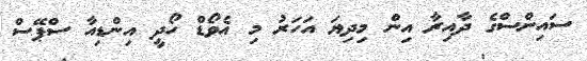
ސައިންސްގެ ދާއިރާ އިން މިދިޔަ އަހަރު މި އެވޯޑް ހޯދީ އިންޑިއާ ސްޕޭސް